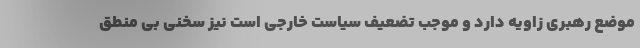
موضع رهبری زاویه دارد و موجب تضعیف سیاست خارجی است نیز سخنی بی منطق